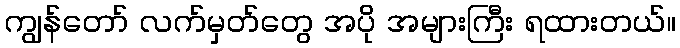
ကျွန်တော် လက်မှတ်တွေ အပို အများကြီး ရထားတယ်။